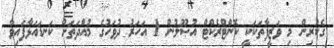
ގެކުރިން މި ވަޒީފާތަކަކީ ކޮންޓްރެކްޓް އުޞޫލުން 1 އަހަރު ދުވަހުގެ މުއްދަތަށް ކަނޑައަޅާފައިވާ